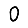
Digit: 0